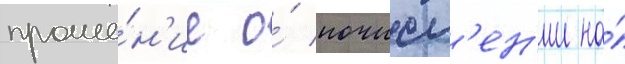
проше́н'ие о́ почисл'ен'ии на́